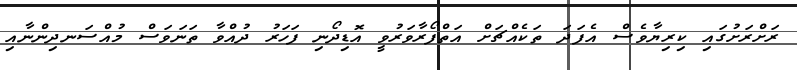
ރަށްރަށުގައި ކިރިޔާވެސް އެފަދަ ތަކެއްޗަށް އަތްފޯރާވަރުވީ އޮޑިދޯނި ފަހަރު ދުއްވާ ތަނަވަސް މުއްސަނދިންނާއި